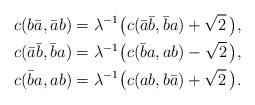
LaTeX: \begin{align*} c( b \bar{a}, \bar{a}b) &= \lambda^{-1}\bigl(c(\bar{a}\bar{b}, \bar{b}a) + \sqrt{2}\,\bigr), \\ c(\bar{a}\bar{b}, \bar{b}a) &= \lambda^{-1}\bigl(c(\bar{b} a , a b) - \sqrt{2}\,\bigr), \\ c(\bar{b} a , a b) &= \lambda^{-1}\bigl(c( a b , b\bar{a}) + \sqrt{2}\,\bigr).\end{align*}